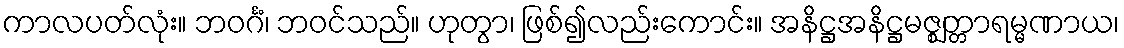
ကာလပတ်လုံး။ ဘဝင်္ဂံ၊ ဘဝင်သည်။ ဟုတွာ၊ ဖြစ်၍လည်းကောင်း။ အနိဋ္ဌအနိဋ္ဌမဇ္ဈတ္တာရမ္မဏာယ၊